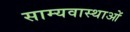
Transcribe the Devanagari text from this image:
साम्यवास्थाओं